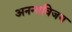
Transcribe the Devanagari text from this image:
अनन्तविजय